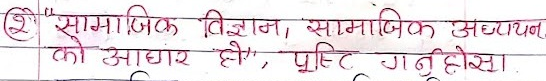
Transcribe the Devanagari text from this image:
२) "सामाजिक विज्ञान, सामाजिक अध्ययन
को आधार हो", पुष्टि गर्नुहोस्